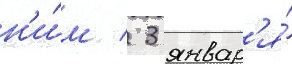
н'и́м / 3 январ'я́